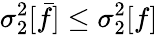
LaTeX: \sigma_{2}^{2}[\bar{f}]\leq\sigma_{2}^{2}[f]